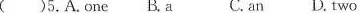
( )5.A.One B.A C.an D. two